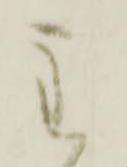
主